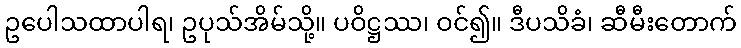
ဥပေါသထာပါရ၊ ဥပုသ်အိမ်သို့။ ပဝိဋ္ဌဿ၊ ဝင်၍။ ဒီပသိခံ၊ ဆီမီးတောက်